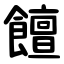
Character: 饘